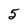
Character: 5